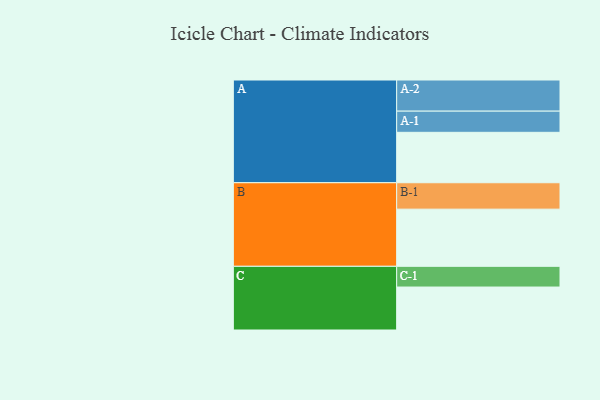
{"axis": {"x": "Segment", "y": "Value"}, "legend": ["", "A", "B", "C"], "data": [{"x": "A", "y": 426, "type": ""}, {"x": "B", "y": 483, "type": ""}, {"x": "C", "y": 363, "type": ""}, {"x": "A-1", "y": 179, "type": "A"}, {"x": "A-2", "y": 263, "type": "A"}, {"x": "B-1", "y": 223, "type": "B"}, {"x": "C-1", "y": 175, "type": "C"}]}